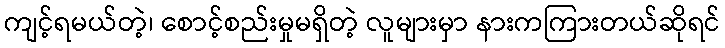
ကျင့်ရမယ်တဲ့၊ စောင့်စည်းမှုမရှိတဲ့ လူများမှာ နားကကြားတယ်ဆိုရင်